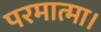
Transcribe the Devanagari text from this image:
परमात्मा।